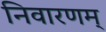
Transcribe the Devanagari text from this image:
निवारणम्